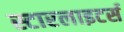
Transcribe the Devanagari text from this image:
स्टारलाइटर्स